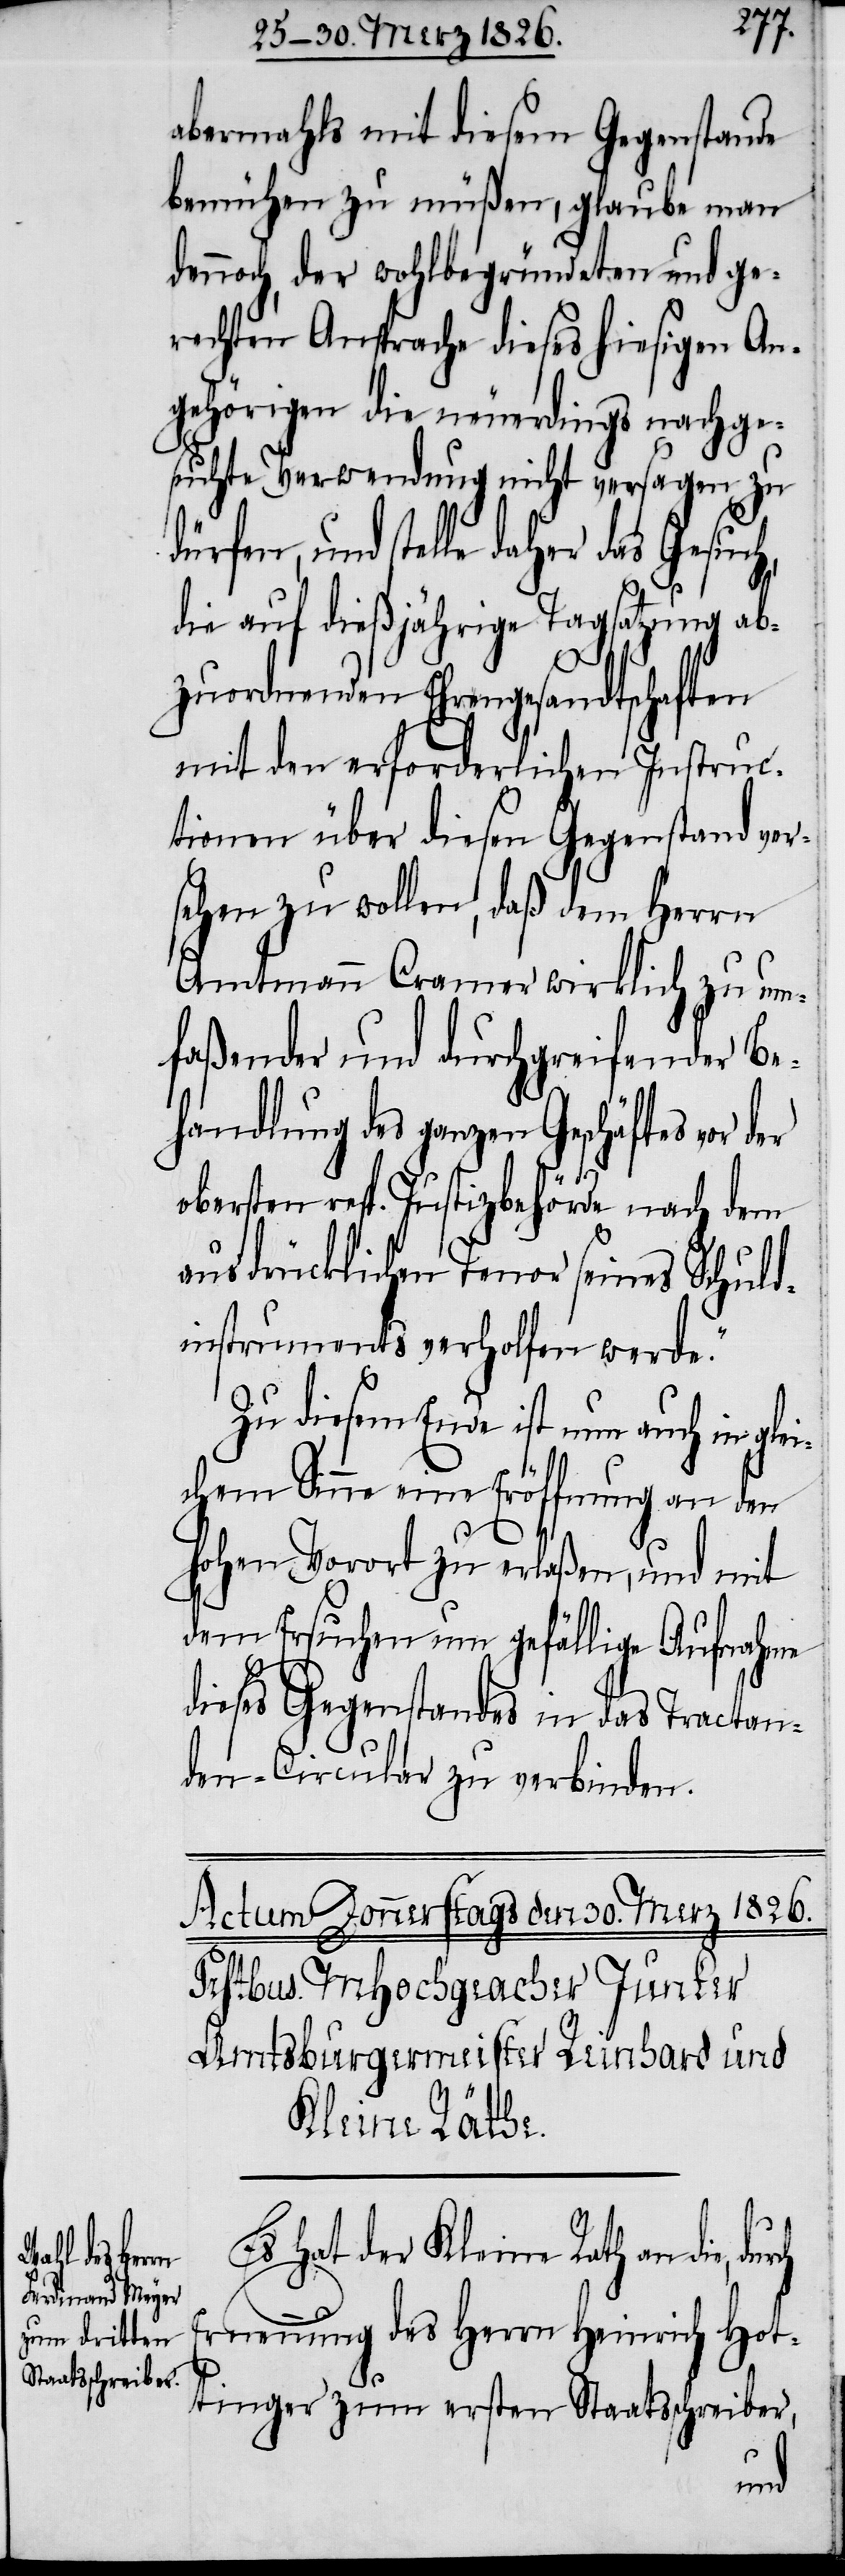
abermahls mit diesem Gegenstande
bemühen zu müßen, glaube man
dennoch, der wohlbegründeten und ge¬
rechten Ansprache dieses hiesigen An¬
gehörigen die neuerdings nachge¬
suchte Verwendung nicht versagen zu
und stelle daher das Gesuch,
die auf dießjährige Tagsatzung ab¬
zuordnenden Ehrengesandtschaften
mit den erforderlichen Instruc¬
tionen über diesen Gegenstand ver¬
sehen zu wollen, daß dem Herrn
Amtmann Cramer wirklich zu um¬
faßender und durchgreifender Be¬
handlung des ganzen Geschäftes vor der
obersten resp. Justizbehörde nach dem
ausdrücklichen Tenor seines Schuld¬
instruments verholfen werde.“
Zu diesem Ende ist nun auch in glei¬
chem Sinne eine Eröffnung an den
hohen Vorort zu erlaßen, und mit
dem Ersuchen um gefällige Aufnahme
dieses Gegenstandes in das Tractan¬
den-Circular zu verbinden.
Es hat der Kleine Rath an die,
Ernennung des Herrn Heinrich Hot¬
tinger zum ersten Staatsschreiber,